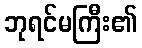
ဘုရင်မကြီး၏